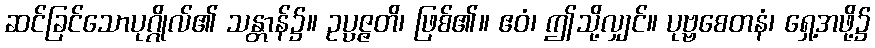
ဆင်ခြင်သောပုဂ္ဂိုလ်၏ သန္တာန်၌။ ဥပ္ပဇ္ဇတိ၊ ဖြစ်၏။ ဧဝံ၊ ဤသို့လျှင်။ ပုဗ္ဗစေတနံ၊ ရှေ့အဖို့၌